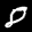
Label: 8